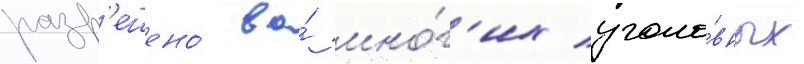
разр'ешено́ во́ мно́г'их уголо́вных